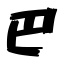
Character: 巴